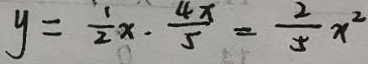
y = \frac { 1 } { 2 } x \cdot \frac { 4 x } { 5 } = \frac { 2 } { 5 } x ^ { 2 }